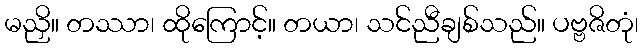
မညှိ။ တဿာ၊ ထိုကြောင့်။ တယာ၊ သင်ညီချစ်သည်။ ပဗ္ဗဇိတုံ၊